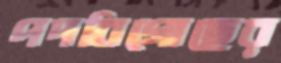
পদবিগোছের